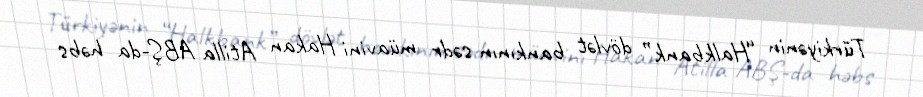
Türkiyənin “Halkbank” dövlət bankının sədr müavini Hakan Atilla ABŞ-da həbs